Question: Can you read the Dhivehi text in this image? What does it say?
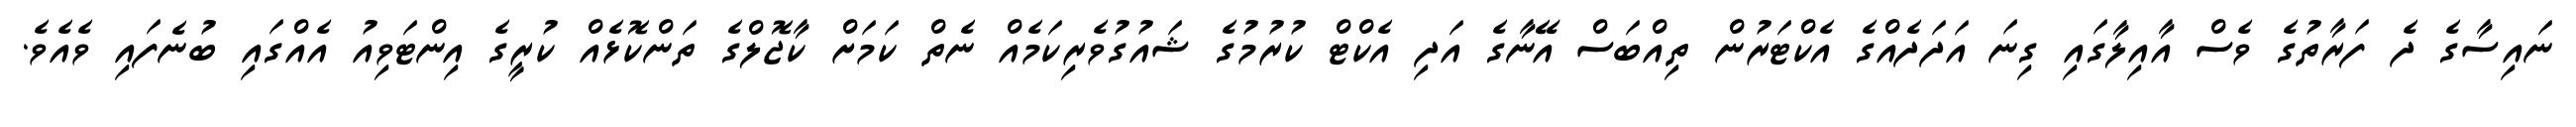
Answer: ނައިސާގެ ދެ ފަރާތުގެ ވެސް އާއިލާގައި ގިނަ އަދަދެއްގެ އެކްޓަރުން ތިއްބަސް އޭނާގެ އަދި އެކްޓް ކުރުމުގެ ޝައުގުވެރިކަމެއް ނެތް ކަމަށް ކާޖޮލްގެ ތަންކޮޅެއް ކުރީގެ އިންޓަވިއު އެއްގައި ބުނެފައި ވެއެވެ.